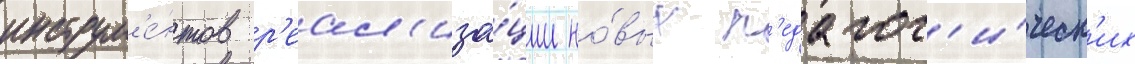
инструм'е́нтов р'еал'иза́ции но́вых п'едагог'и́ческ'их